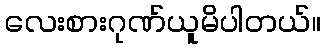
လေးစားဂုဏ်ယူမိပါတယ်။